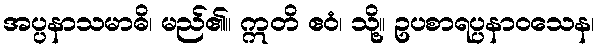
အပ္ပနာသမာဓိ၊ မည်၏။ ဣတိ ဧဝံ၊ သို့။ ဥပစာရပ္ပနာဝသေန၊